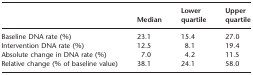
<table><thead><tr><td></td><td><b>Median</b></td><td><b>Lower quartile</b></td><td><b>Upper quartile</b></td></tr></thead><tbody><tr><td>Baseline DNA rate (%)</td><td>23.1</td><td>15.4</td><td>27.0</td></tr><tr><td>Intervention DNA rate (%)</td><td>12.5</td><td>8.1</td><td>19.4</td></tr><tr><td>Absolute change in DNA rate (%)</td><td>7.0</td><td>4.2</td><td>11.5</td></tr><tr><td>Relative change (% of baseline value)</td><td>38.1</td><td>24.1</td><td>58.0</td></tr></tbody></table>